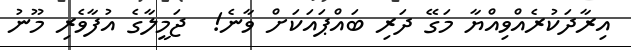
އިރާދަކުރެއްވިއްޔާ މަގޭ ދަރި ބައްޕައަކަށް ވާނެ!  ޖަމީލާގެ އުފާވެރި މޫނު